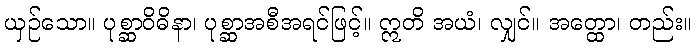
ယှဉ်သော။ ပုစ္ဆာဝိဓိနာ၊ ပုစ္ဆာအစီအရင်ဖြင့်။ ဣတိ အယံ၊ လျှင်။ အတ္ထော၊ တည်း။